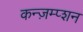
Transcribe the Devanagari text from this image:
कन्ज़म्प्शन